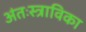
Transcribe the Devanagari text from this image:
अंतःस्त्राविका